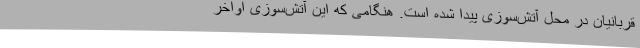
قربانیان در محل آتش‌سوزی پیدا شده است. هنگامی که این آتش‌سوزی اواخر